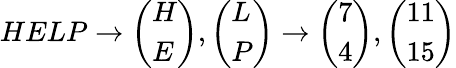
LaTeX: HELP\to{\left(\begin{array}{l}{H}\\ {E}\end{array}\right)},{\left(\begin{array}{l}{L}\\ {P}\end{array}\right)}\to{\left(\begin{array}{l}{7}\\ {4}\end{array}\right)},{\left(\begin{array}{l}{11}\\ {15}\end{array}\right)}